Report of the Hyderabad Chloroform Commission
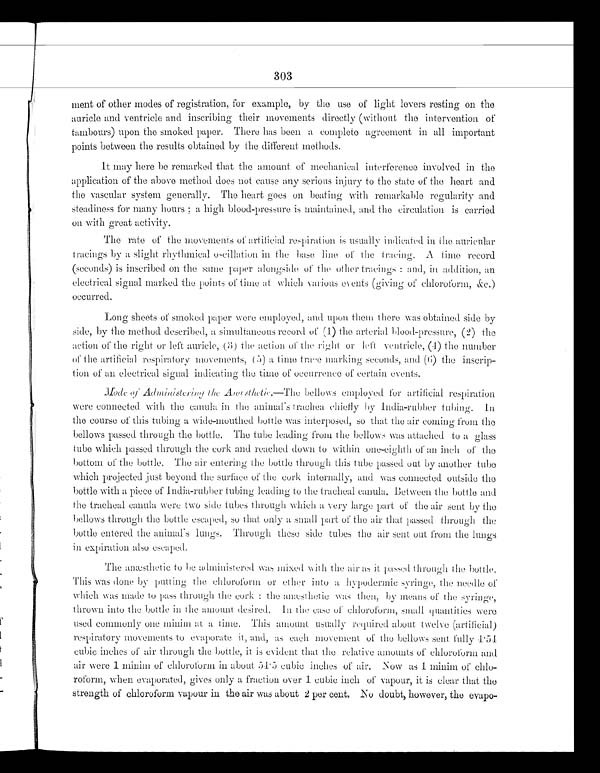
303
ment of other modes of registration, for example, by the use of light lovers resting on the
auricle and ventricle and inscribing their movements directly (without the intervention of
tambours) upon the smoked paper. There has been a complete agreement in all important
points between the results obtained by the different methods.
It may here be remarked that the amount of mechanical interference involved in the
application of the above method does not cause any serious injury to the state of the heart and
the vascular system generally. The heart goes on beating with remarkable regularity and
steadiness for many hours; a high blood-pressure is maintained, and the circulation is carried
on with great activity.
The rate of the movements of artificial respiration is usually indicated in the auricular
tracings by a slight rhythmical oscillation in the base line of the taaeing. A time record
(seconds) is inscribed on the same paper alongside of the other tracings: and, in addition,
electrical signal marked the points of time at Which vauious events (giving of chloroform, &c.)
occurred.
Long sheets of smoked paper were employed, and upon them there was Obtained side by
side, by the method described, a simultaneous record of (1) the arterial bblood-pressure, (2) the
action of the right or left auricle, (3) the action of the right or left ventricle, (4) the number
of the artificial respiratory movements, (5) a time trace marking seconds, and (6) the inscrip--
tion of an electrical signal indicating the time of occurrence of certain events.
M o d e o f A d m i n i s t e r i n g t h e A n æ s t h e t i c . — T h ebellows employed for artificial respiration
were connected with the canula in the animal's trachea chiefly by India-rubber tubing. In
the course of this tubing a wide-mouthed bottle was interposed, so that the air coming from the
bellows passed through the bottle. The tube leading from the bellows was attached to a glass
tube which passed through the cork and reached down to within one-eighth of an inch of the
bottom of the bottle. The air entering the bottle through this tube passed out by another tube
winch projected just beyond the surface of the cork internally, and was connected outside the
bottle with a piece of India-rubber tubing leading to the tracheal canula. Between the bottle and
h e t r a c h e a l c a n u l a w e r e t w o s i d e t u b e s t h r o u g h w h i c h a v e r y l a r g e p a r t o f t h e a i r s e n t b y t h e
bellows through the bottle escaped, so that only a small part of the air that passed through the
bot t l e ent ered t he ani mal ' s l ungs. Through t hese si de t ubes t he ai r sent out from t he l ungs
in expiration also escaped.
The anæsthetic to be administered was mixed with the air as it passed through the bottle,
This was done by putting the chloroform or ether into a hypodermic syringe, the needle of
which was made to pass through the cork: the anæsthetic was then, by means of the syringe,
thrown into the bottle in the amount desired. In the case of chloroform, small quantities were
used commonly one minim at a time. This amount usually required about twelve (artificial)
respiratory movements to evaporate it, and, as each movement of the bellows sent fully 4.54
cubic inches of air through the bottle, it is evident that the relative amounts of chloroform and
air were 1 minim of chloroform in about 54.5 cubic inches of air. Now as 1 minim of chlo-
roform, when evaporated, gives only a fraction over 1 cubic inch of vapour, it is clear that the
strength of chloroform vapour in the air was about 2 per cent. No doubt, however, the evapo-